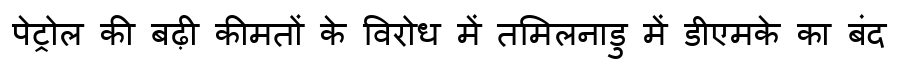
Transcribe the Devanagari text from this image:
पेट्रोल की बढ़ी कीमतों के विरोध में तमिलनाडु में डीएमके का बंद